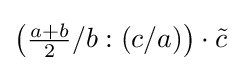
\left({\tfrac {a+b}{2}}/b:(c/a)\right)\cdot {\tilde {c}}